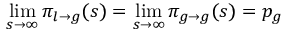
\operatorname* { l i m } _ { s \to \infty } \pi _ { l \to g } ( s ) = \operatorname* { l i m } _ { s \to \infty } \pi _ { g \to g } ( s ) = p _ { g }